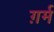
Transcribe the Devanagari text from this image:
ग़र्म